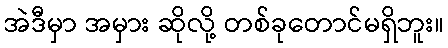
အဲဒီမှာ အမှား ဆိုလို့ တစ်ခုတောင်မရှိဘူး။